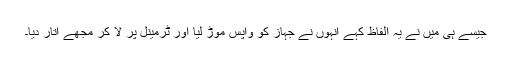
جیسے ہی میں نے یہ الفاظ کہے انہوں نے جہاز کو واپس موڑ لیا اور ٹرمینل پر لا کر مجھے اتار دیا۔